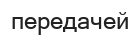
передачей